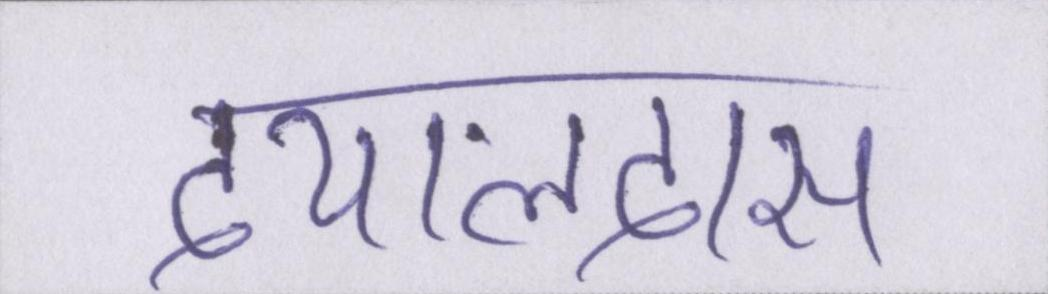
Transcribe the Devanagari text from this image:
दयालदास